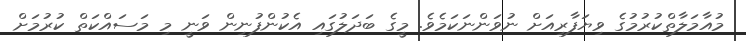
މުއާމަލާތްކުރުމުގެ ވިޔަފާރިއަށް ނުވަންނަކަމެވެ. މީގެ ބަދަލުގައި އެކުންފުނިން ވަނީ މި މަސައްކަތް ކުރުމަށް